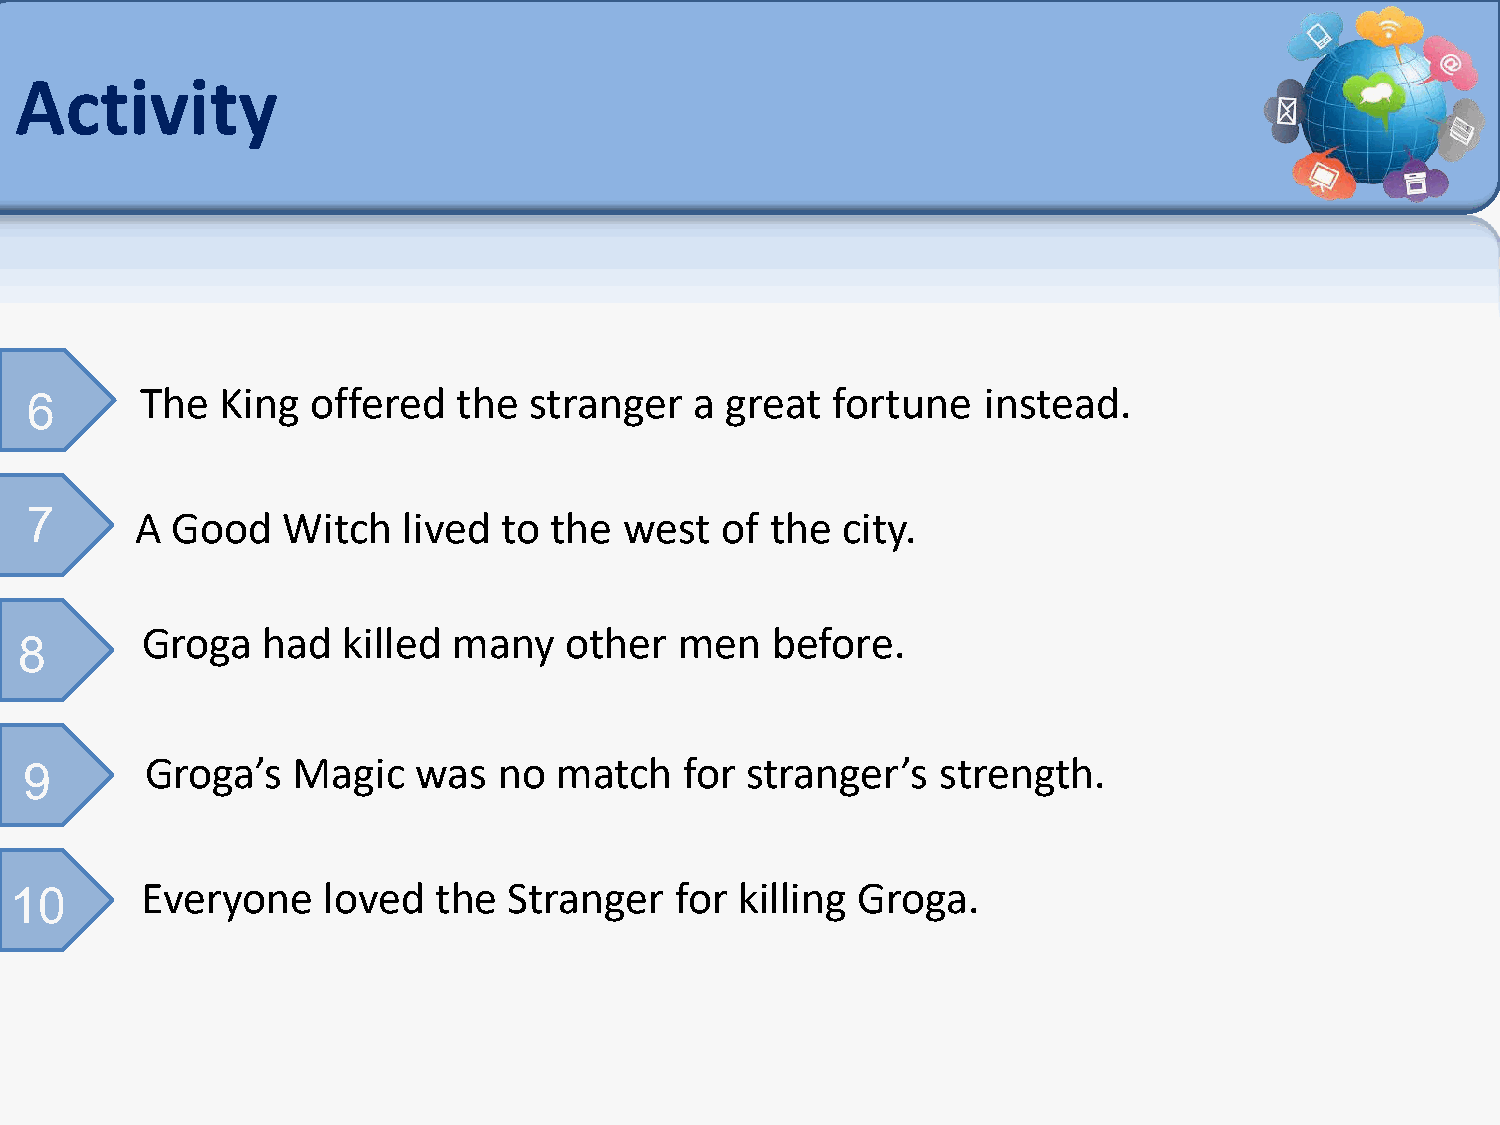
Activity
 6      The   King  offered  the  stranger   a great  fortune   instead.
 7      A Good    Witch   lived to the  west   of the  city.
 Groga   had   killed many   other   men   before.
 8
 9       Groga’s  Magic   was   no  match   for stranger’s   strength.
 10      Everyone    loved   the  Stranger   for killing Groga.